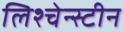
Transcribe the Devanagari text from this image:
लिश्चेन्स्टीन